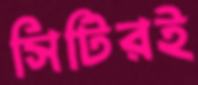
সিটিরই